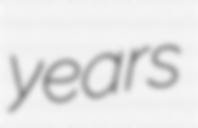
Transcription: years